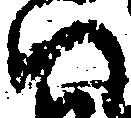
い